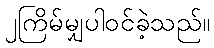
၂ကြိမ်မျှပါဝင်ခဲ့သည်။